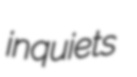
inquiets